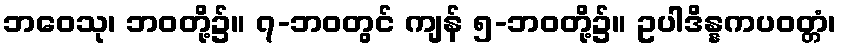
ဘဝေသု၊ ဘဝတို့၌။ ၇-ဘဝတွင် ကျန် ၅-ဘဝတို့၌။ ဥပါဒိန္နကပဝတ္တံ၊